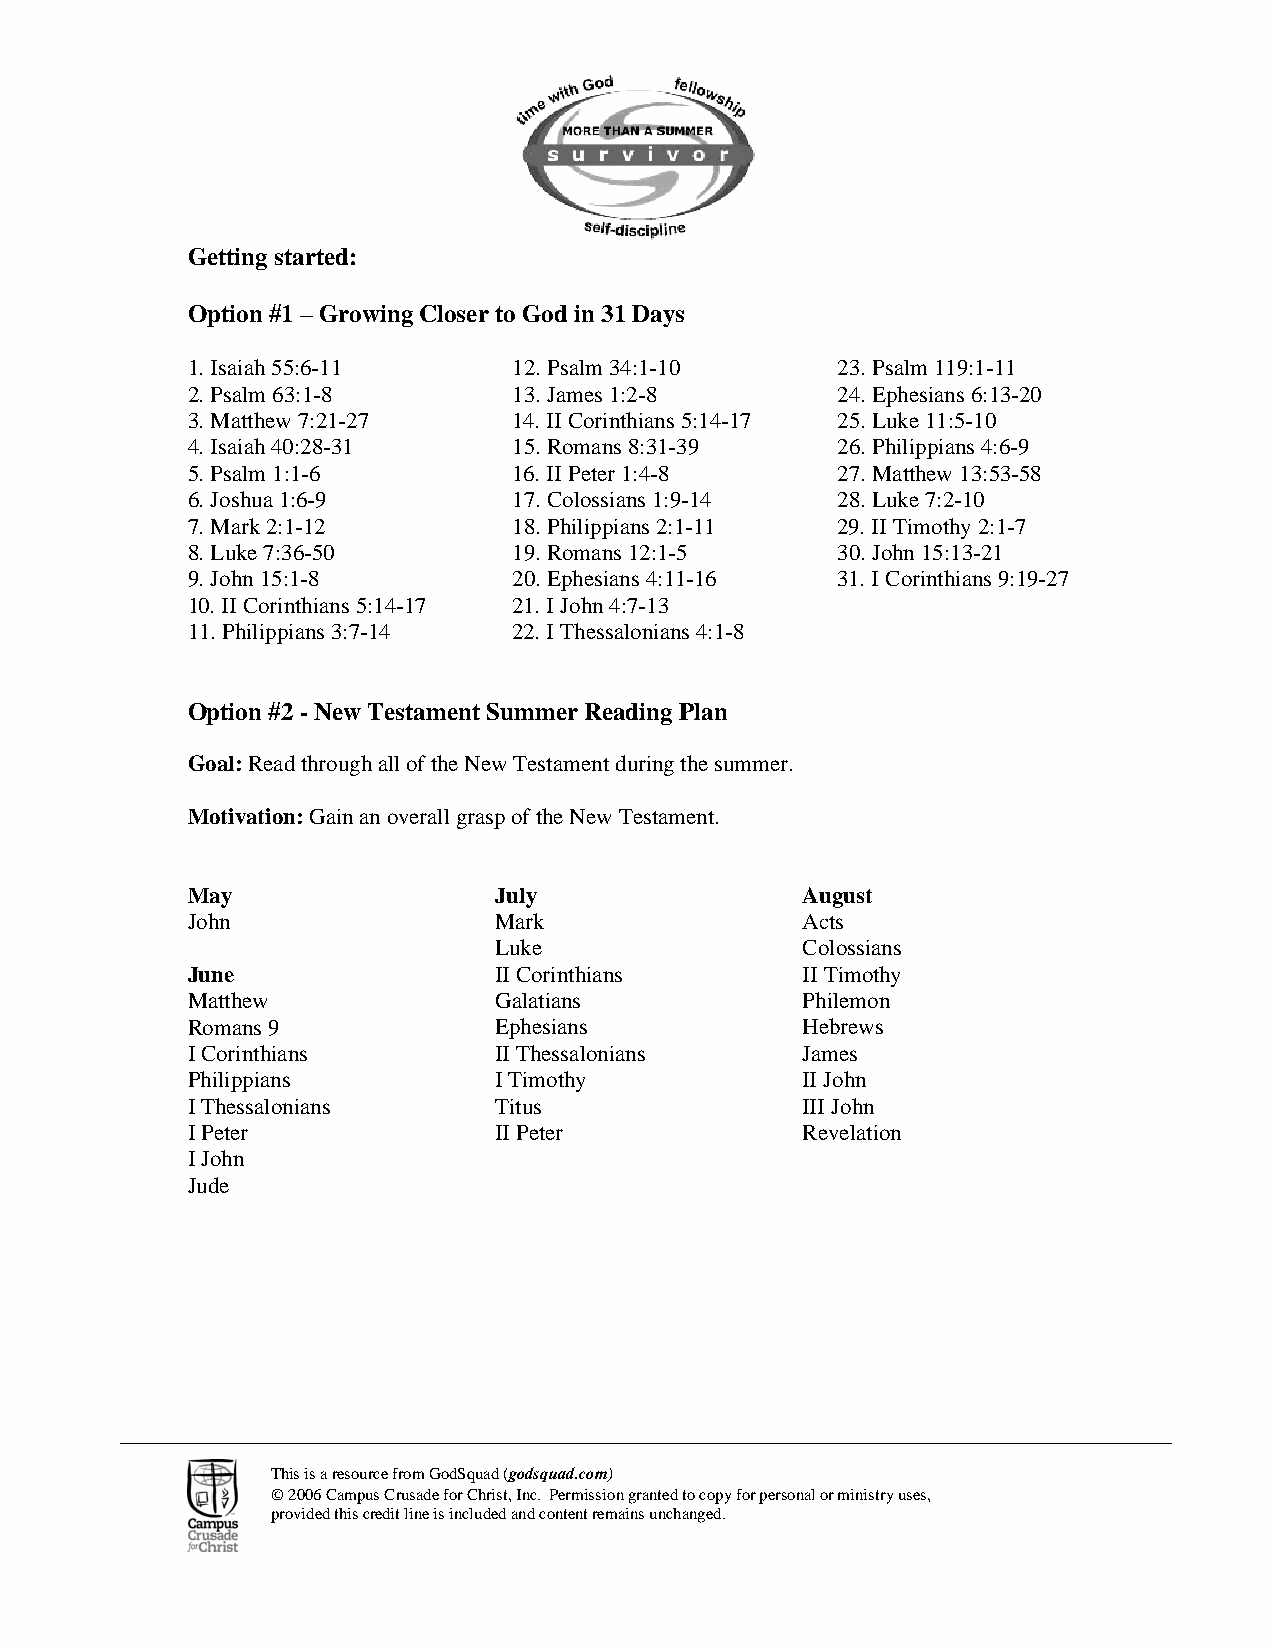
Getting started:
 Option #1 – Growing Closer to God in 31 Days
 1. Isaiah 55:6-11     12. Psalm 34:1-10    23. Psalm 119:1-11
 2. Psalm 63:1-8       13. James 1:2-8      24. Ephesians 6:13-20
 3. Matthew 7:21-27    14. II Corinthians 5:14-17 25. Luke 11:5-10
 4. Isaiah 40:28-31    15. Romans 8:31-39   26. Philippians 4:6-9
 5. Psalm 1:1-6        16. II Peter 1:4-8   27. Matthew 13:53-58
 6. Joshua 1:6-9       17. Colossians 1:9-14 28. Luke 7:2-10
 7. Mark 2:1-12        18. Philippians 2:1-11 29. II Timothy 2:1-7
 8. Luke 7:36-50       19. Romans 12:1-5    30. John 15:13-21
 9. John 15:1-8        20. Ephesians 4:11-16 31. I Corinthians 9:19-27
 10. II Corinthians 5:14-17 21. I John 4:7-13
 11. Philippians 3:7-14 22. I Thessalonians 4:1-8
 Option #2 - New Testament Summer Reading Plan
 Goal: Read through all of the New Testament during the summer.
 Motivation: Gain an overall grasp of the New Testament.
 May                  July                August
 John                 Mark                Acts
 Luke                Colossians
 June                 II Corinthians      II Timothy
 Matthew              Galatians           Philemon
 Romans 9             Ephesians           Hebrews
 I Corinthians        II Thessalonians    James
 Philippians          I Timothy           II John
 I Thessalonians      Titus               III John
 I Peter              II Peter            Revelation
 I John
 Jude
 This is a resource from GodSquad (godsquad.com)
 © 2006 Campus Crusade for Christ, Inc. Permission granted to copy for personal or ministry uses,
 provided this credit line is included and content remains unchanged.